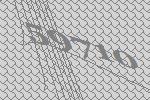
59710